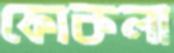
ফোকলা